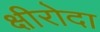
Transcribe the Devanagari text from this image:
क्षीरोदा